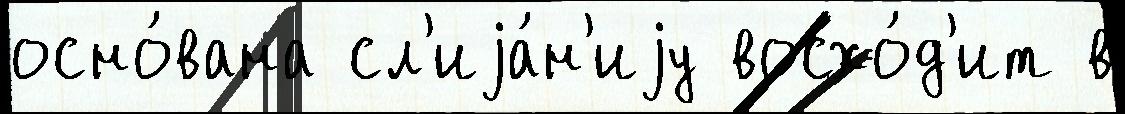
осно́вана сл'иjа́н'иjу восхо́д'ит в